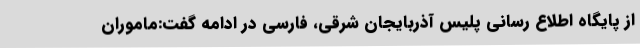
از پایگاه اطلاع رسانی پلیس آذربایجان شرقی، فارسی در ادامه گفت:ماموران